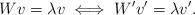
LaTeX: \begin{align*} Wv = \lambda v \iff W' v' = \lambda v'. \end{align*}